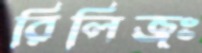
রিলিজঃ